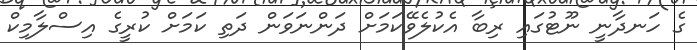
ގެ ހަނދާނީ ނޫޓުގައި ރިބާ އެކުލެވޭކަމަށް ދަންނަވަން ދަތި ކަމަށް ކުރީގެ އިސްލާމިކް